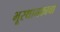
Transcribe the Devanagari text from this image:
भूस्थानकाचा